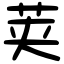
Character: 荚